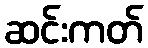
ဆင်းကတ်